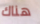
هناك